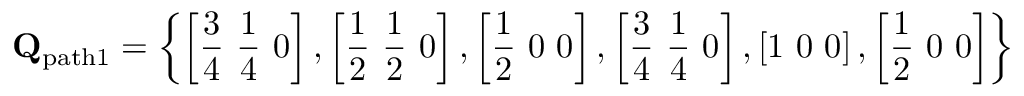
\mathbf { Q } _ { \mathrm { p a t h 1 } } = \left\{ \left[ \frac { 3 } { 4 } \ \frac { 1 } { 4 } \ 0 \right] , \left[ \frac { 1 } { 2 } \ \frac { 1 } { 2 } \ 0 \right] , \left[ \frac { 1 } { 2 } \ 0 \ 0 \right] , \left[ \frac { 3 } { 4 } \ \frac { 1 } { 4 } \ 0 \right] , \left[ 1 \ 0 \ 0 \right] , \left[ \frac { 1 } { 2 } \ 0 \ 0 \right] \right\}